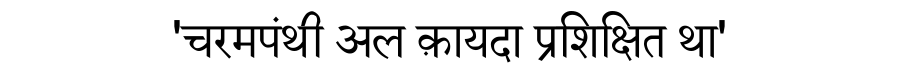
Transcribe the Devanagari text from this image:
'चरमपंथी अल क़ायदा प्रशिक्षित था'